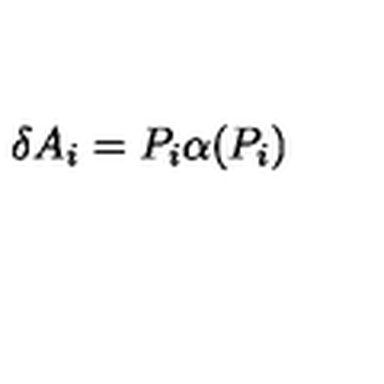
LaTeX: \delta A _ { i } = P _ { i } \alpha ( P _ { i } )